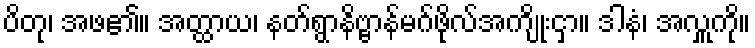
ပိတု၊ အဖ၏။ အတ္ထာယ၊ နတ်ရွာနိဗ္ဗာန်မဂ်ဖိုလ်အကျိုးငှာ။ ဒါနံ၊ အလှူကို။